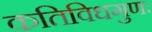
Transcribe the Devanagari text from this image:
कतिविधगुणः